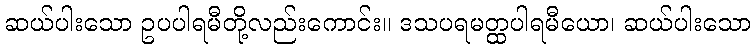
ဆယ်ပါးသော ဥပပါရမီတို့လည်းကောင်း။ ဒသပရမတ္ထပါရမီယော၊ ဆယ်ပါးသော